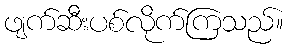
ဖျက်ဆီးပစ်လိုက်ကြသည်။